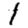
Digit: 1